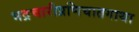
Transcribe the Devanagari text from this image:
भद्रचारीप्रणिघातगाथा